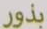
بذور